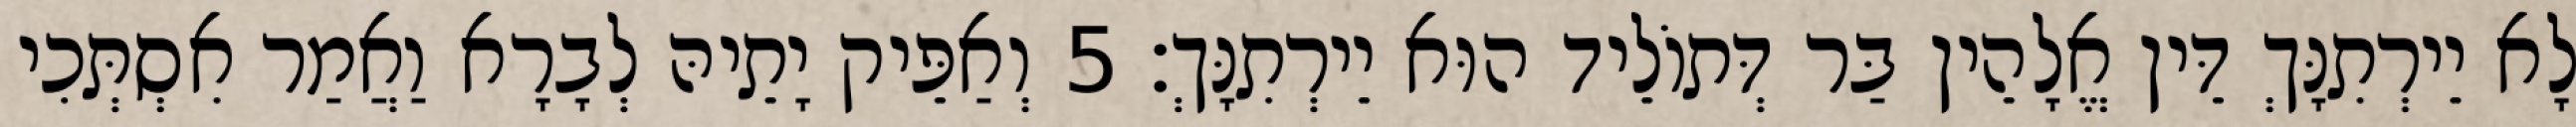
לָא יֵירְתִנָּךְ דֵּין אֱלָהֵין בַּר דְּתוֹלֵיד הוּא יֵירְתִנָּךְ׃ 5 וְאַפֵּיק יָתֵיהּ לְבָרָא וַאֲמַר אִסְתְּכִי